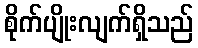
စိုက်ပျိုးလျက်ရှိသည်